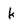
Character: k